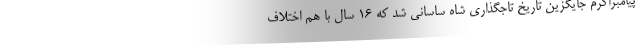
پیامبراکرم جایگزین تاریخ تاجگذاری شاه ساسانی شد که ۱۶ سال با هم اختلاف